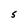
Character: S